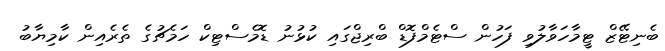
ބެނިޓޭޒް ޓީމާހަވާލުވި ފަހުން ސްޓެމްފޮޑް ބްރިޖްގައި ކުޅުނު ޑޮމެސްޓިކް ހަމެޗުގެ ތެރެއިން ކާމިޔާބު